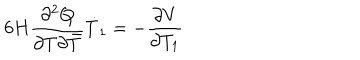
6 H \frac { \partial ^ { 2 } Q } { \partial T \partial { \bar { T } } } \dot { T } _ { 1 } = - \frac { \partial V } { \partial T _ { 1 } }